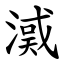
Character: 㵄